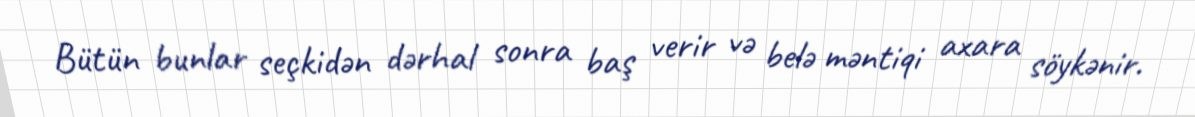
Bütün bunlar seçkidən dərhal sonra baş verir və belə məntiqi axara söykənir.